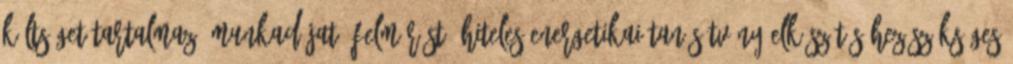
költséget tartalmaz, munkadíjat, felmérést, hiteles energetikai tanúsítvány elkészítéséhez szükséges